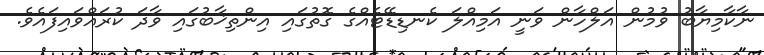
ނާކާމިޔާބު ވުމުން އަލްހާން ވަނީ އަމިއްލަ ކެނޑިޑޭޓެއްގެ ގޮތުގައި އިންތިޚާބުގައި ވާދަ ކުރައްވައިފައެވެ.